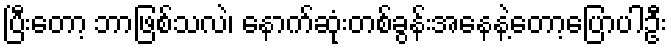
ပြီးတော့ ဘာဖြစ်သလဲ၊ နောက်ဆုံးတစ်ခွန်းအနေနဲ့တော့ပြောပါဦး